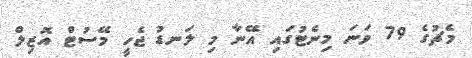
މެޗުގެ 79 ވަނަ މިނެޓުގައި އޭނާ މި ލަނޑު ޖެހީ މޭސުޓް އޮޒިލް